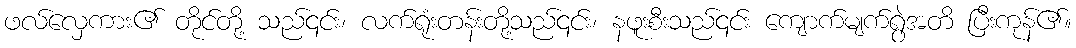
ဖလ်လှေကား၏ တိုင်တို့ သည်၎င်း၊ လက်ရုံးတန်းတို့သည်၎င်း၊ နဖူးစီးသည်၎င်း ကျောက်မျက်ရွဲအတိ ပြီးကုန်၏။